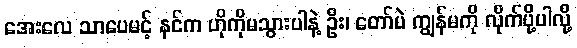
အေးလေ သာပေမင့် နင်က ဟိုကိုမသွားပါနဲ့ ဦး၊ တော်ပဲ ကျွန်မကို လိုက်ပို့ပါလို့